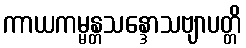
ကာယကမ္မန္တသန္ဒောသဗျာပတ္တိ